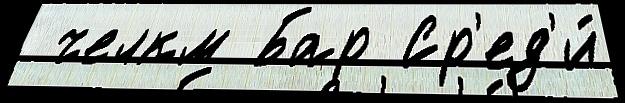
 челкм Бар Ср'ед'и́